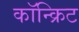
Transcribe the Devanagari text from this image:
कॉन्‍क्रिट